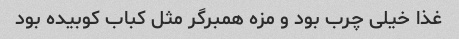
غذا خیلی چرب بود و مزه همبرگر مثل کباب کوبیده بود